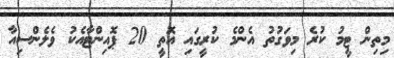
މިތިން ޓީމު ކުރެ މިވަގުތު އެންމެ ކުރީގައި އޮތީ 20 ޕޮއިންޓާއެކު ވެލެންސިއާ